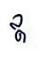
ឥ